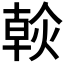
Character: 𤌹